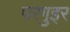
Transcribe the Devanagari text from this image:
परगुइर